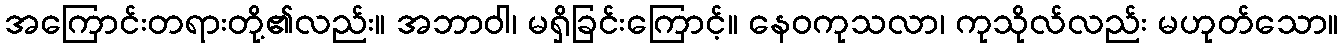
အကြောင်းတရားတို့၏လည်း။ အဘာဝါ၊ မရှိခြင်းကြောင့်။ နေဝကုသလာ၊ ကုသိုလ်လည်း မဟုတ်သော။